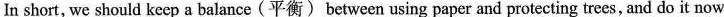
In short, we should keep a balance(平衡) between using paper and protecting trees, and do it now